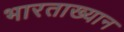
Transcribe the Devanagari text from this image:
भारताख्यान